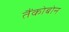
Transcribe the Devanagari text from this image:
तैंकोबोन